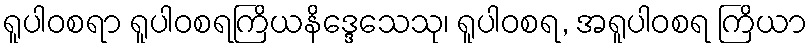
ရူပါဝစရာ ရူပါဝစရကြိယနိဒ္ဒေသေသု၊ ရူပါဝစရ, အရူပါဝစရ ကြိယာ